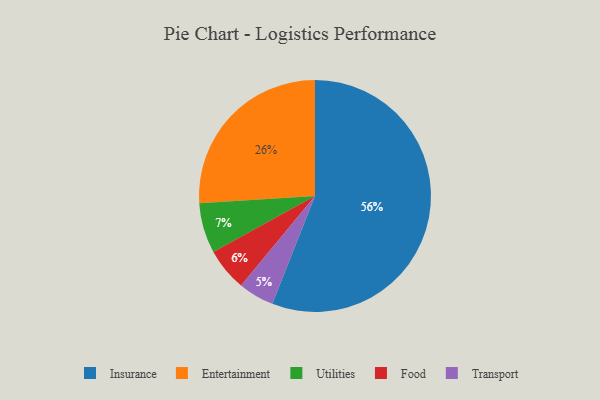
{"axis": {"x": "Category", "y": "Percentage"}, "legend": ["Entertainment", "Food", "Insurance", "Transport", "Utilities"], "data": [{"x": "Insurance", "y": 56, "type": "Insurance"}, {"x": "Transport", "y": 5, "type": "Transport"}, {"x": "Entertainment", "y": 26, "type": "Entertainment"}, {"x": "Food", "y": 6, "type": "Food"}, {"x": "Utilities", "y": 7, "type": "Utilities"}]}